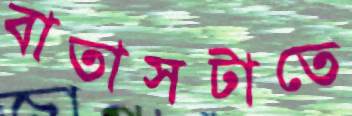
বাতাসটাতে